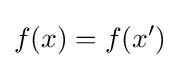
f(x)=f(x')